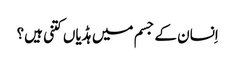
اِنسان کے جسم میں ہڈیاں کتنی ہیں؟